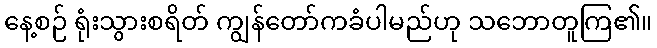
နေ့စဉ် ရုံးသွားစရိတ် ကျွန်တော်ကခံပါမည်ဟု သဘောတူကြ၏။